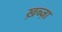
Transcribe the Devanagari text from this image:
ख़ब्ज़ा